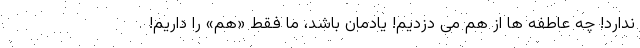
ندارد! چه عاطفه ها از هم می دزدیم! یادمان باشد، ما فقط «هَم» را داریم!